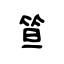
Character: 笪